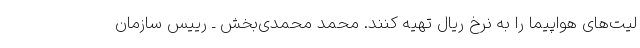
لیت‌های هواپیما را به نرخ ریال تهیه کنند. محمد محمدی‌بخش ـ رییس سازمان